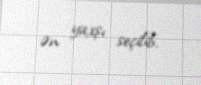
ən yaxşı seçilib.